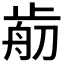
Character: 𣦃